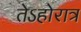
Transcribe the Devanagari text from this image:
तेऽहोरात्र